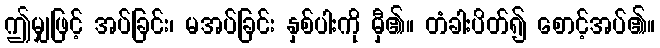
ဤမျှဖြင့် အပ်ခြင်း၊ မအပ်ခြင်း နှစ်ပါးကို မှီ၏။ တံခါးပိတ်၍ စောင့်အပ်၏။